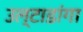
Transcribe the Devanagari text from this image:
उल्टाडांगा